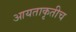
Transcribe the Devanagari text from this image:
आयताकृतीच